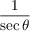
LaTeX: \frac { 1 } { \sec \theta }